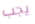
يجب